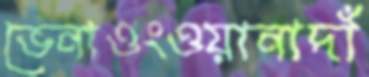
ভেনাওংওয়ানাদাঁ